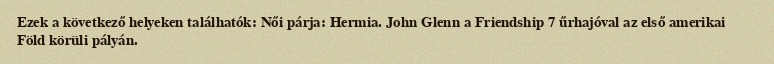
Ezek a következő helyeken találhatók: Női párja: Hermia. John Glenn a Friendship 7 űrhajóval az első amerikai Föld körüli pályán.